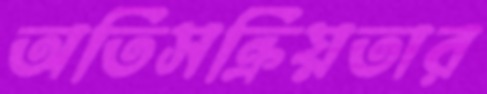
অতিসক্রিয়তার